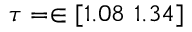
\tau = \in [ 1 . 0 8 \ 1 . 3 4 ]